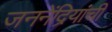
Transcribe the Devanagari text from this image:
जननेंद्रियांची